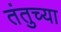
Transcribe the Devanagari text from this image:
तंतुच्या